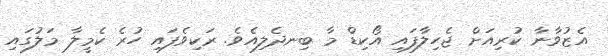
އެޒުވާނާ ކުރިއަށް ޖެހިލާފައި އޯކިޑް މާ ބިނދެލިއެވެ. ރަކިވެފައި ހުރެ ކެމީލާ މަލުގައި